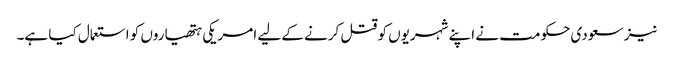
نیز سعودی حکومت نے اپنے شہریوں کو قتل کرنے کے لیے امریکی ہتھیاروں کو استعمال کیا ہے۔